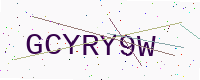
Text: GCYRY9W